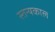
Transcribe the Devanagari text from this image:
स्तन्यकाल